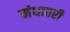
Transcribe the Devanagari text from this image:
मंधातरी